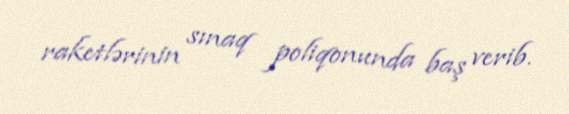
raketlərinin sınaq poliqonunda baş verib.